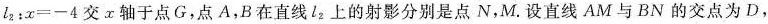
l_{2}：$$x=-4$$交x轴于点G，点A，B在直线l_{2}上的射影分别是点N，M.设直线AM与BN的交点为D，